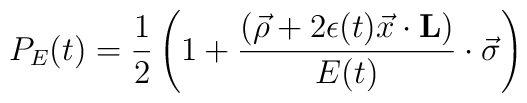
P_E(t)= {1 \over 2}\left(1+ {(\vec\rho+2\epsilon(t) \vec x\cdot{\bf L})\over E(t)}\cdot\vec\sigma\right)